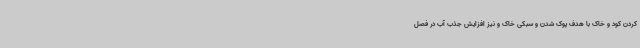
کردن کود و خاک با هدف پوک شدن و سبکی خاک و نیز افزایش جذب آب در فصل